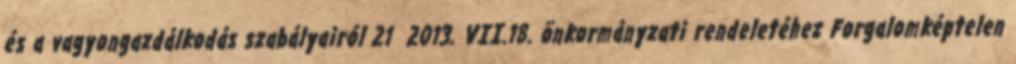
és a vagyongazdálkodás szabályairól 21 2013. VII.18. önkormányzati rendeletéhez Forgalomképtelen